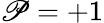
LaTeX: \mathscr{P}=+1